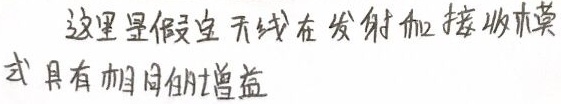
这里是假定天线在发射和接收模式具有相同的增益